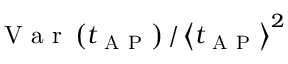
\mathrm { ~ V ~ a ~ r ~ } \left( t _ { \mathrm { ~ A ~ P ~ } } \right) / \left\langle t _ { \mathrm { ~ A ~ P ~ } } \right\rangle ^ { 2 }